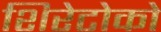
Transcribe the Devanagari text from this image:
शिरेटोको